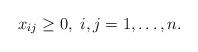
LaTeX: \begin{align*}x_{ij}\geq 0,~i,j=1,\dots,n.\end{align*}